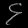
Digit: ၄